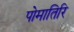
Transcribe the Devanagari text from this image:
पोमातिरि